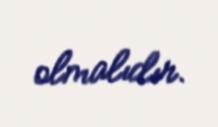
olmalıdır.